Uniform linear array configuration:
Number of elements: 12
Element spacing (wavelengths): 0.25
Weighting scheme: cosine
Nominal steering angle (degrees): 15
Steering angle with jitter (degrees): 13.323
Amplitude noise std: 0.05
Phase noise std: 0.05

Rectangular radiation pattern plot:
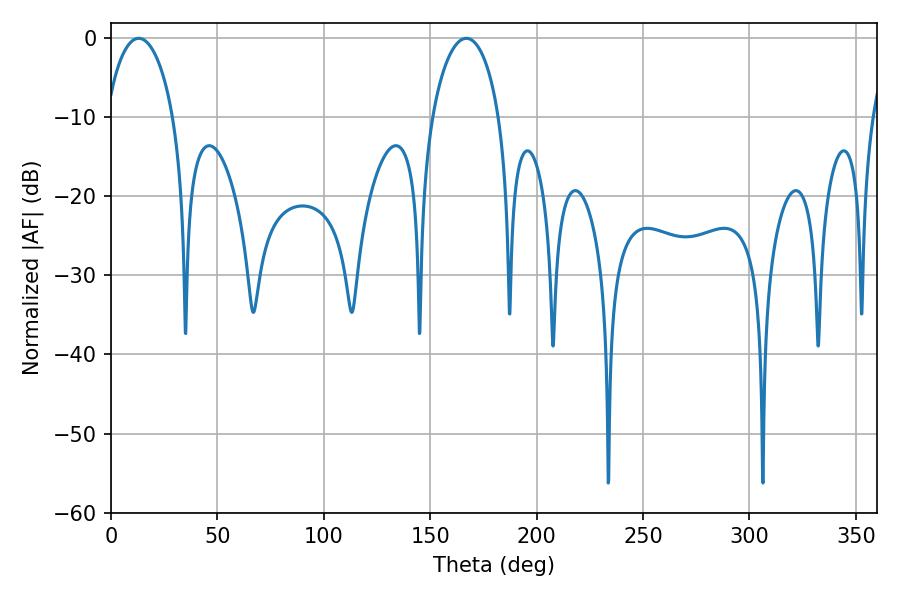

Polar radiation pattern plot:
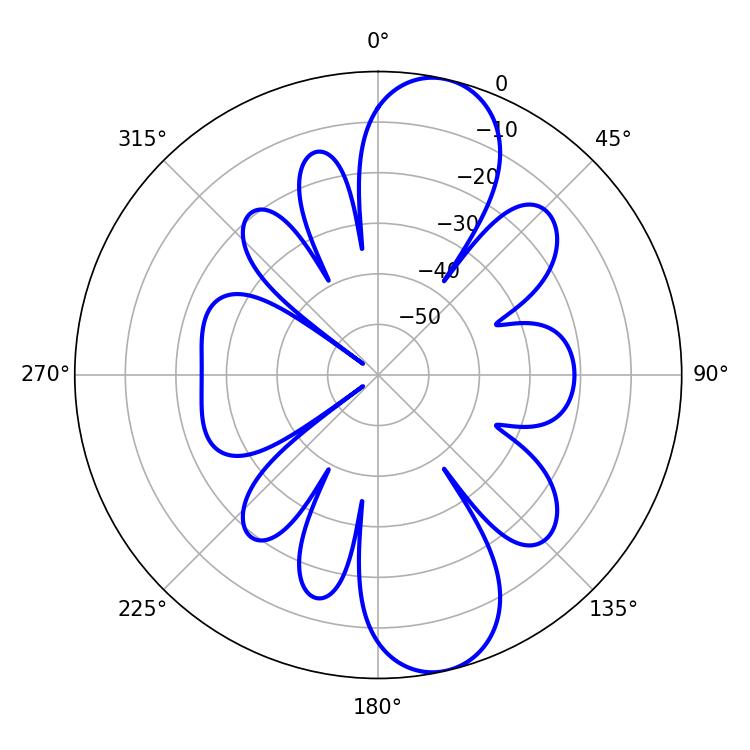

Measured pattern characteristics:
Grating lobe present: FALSE
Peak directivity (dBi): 11.01
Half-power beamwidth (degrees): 18
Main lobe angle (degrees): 12.96